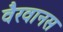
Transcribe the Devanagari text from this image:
वैरवानस